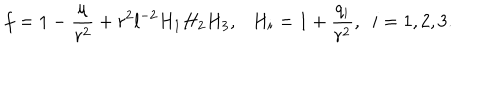
LaTeX: f = 1 - \frac { \mu } { r ^ { 2 } } + r ^ { 2 } l ^ { - 2 } H _ { 1 } H _ { 2 } H _ { 3 } , \ \ \ H _ { i } = 1 + \frac { q _ { i } } { r ^ { 2 } } , \ \ i = 1 , 2 , 3 .